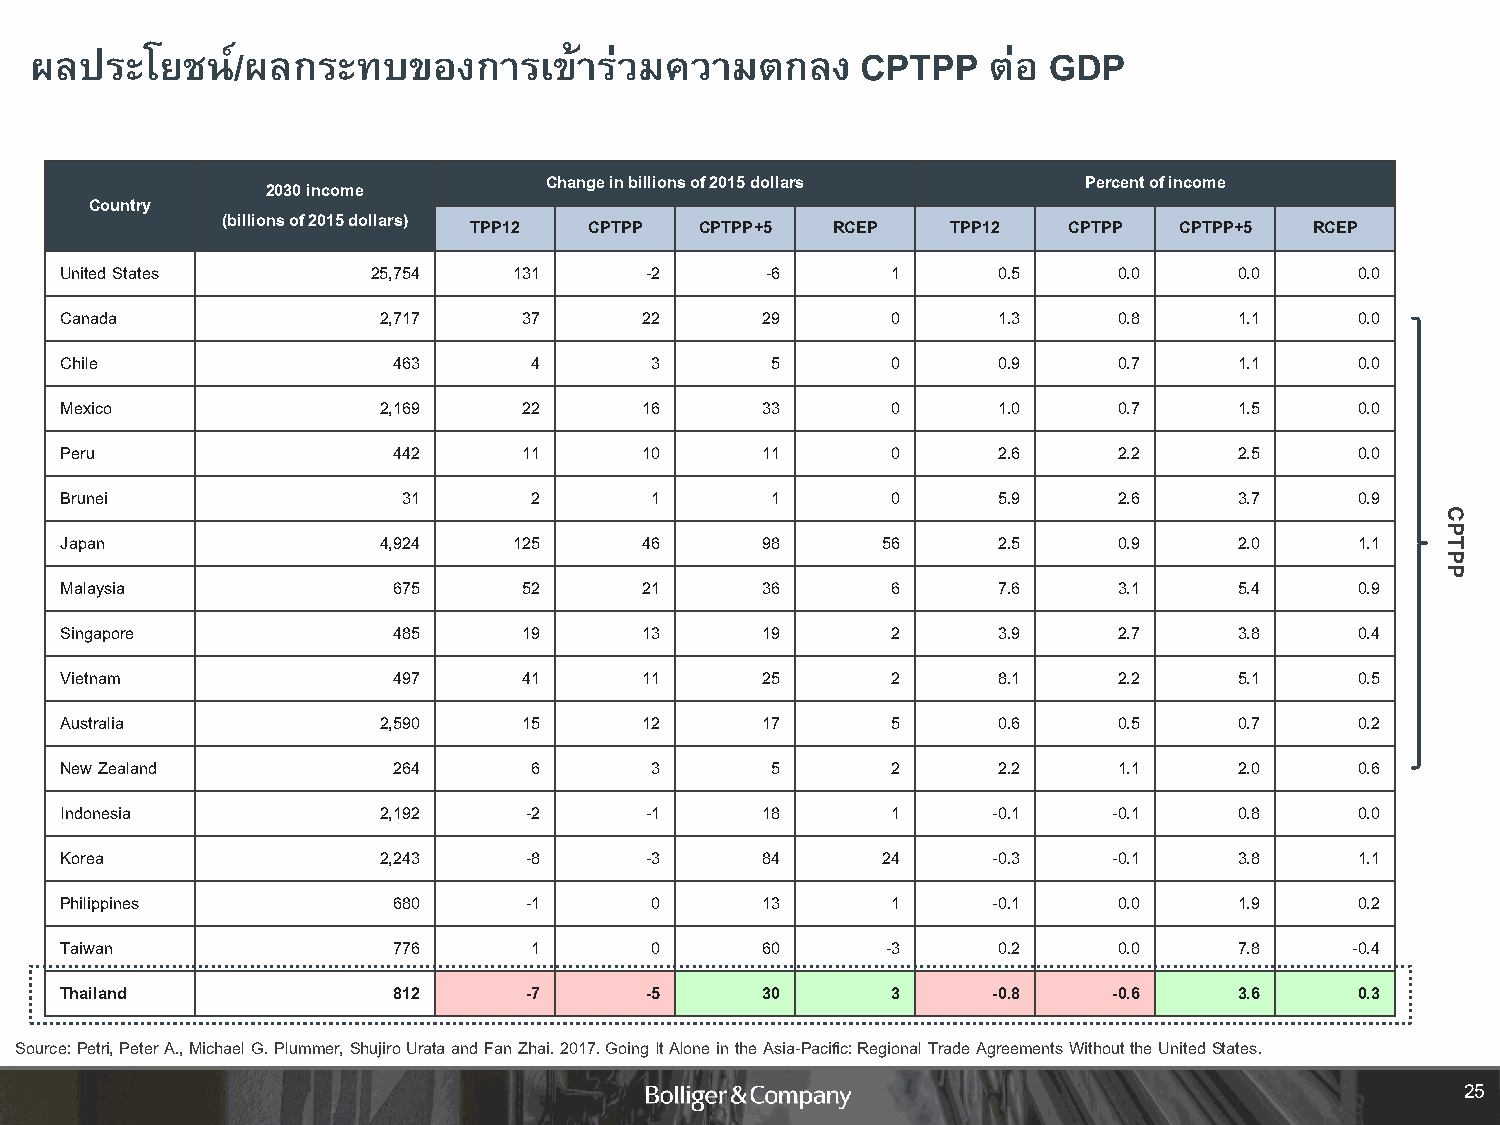
ผลประโยชน์/ผลกระทบของการเขา้         ร่วมความตกลง      CPTPP   ต่อ GDP
 Change in billions of 2015 dollars  Percentof income
 2030 income
 Country
 (billions of 2015 dollars)
 TPP12   CPTPP  CPTPP+5  RCEP    TPP12   CPTPP  CPTPP+5  RCEP
 United States        25,754   131      -2      -6      1      0.5     0.0     0.0     0.0
 Canada               2,717     37      22     29       0      1.3     0.8     1.1     0.0
 Chile                 463      4       3       5       0      0.9     0.7     1.1     0.0
 Mexico               2,169     22      16     33       0      1.0     0.7     1.5     0.0
 Peru                  442      11      10     11       0      2.6     2.2     2.5     0.0
 Brunei                 31      2       1       1       0      5.9     2.6     3.7     0.9
 C
 P
 Japan                4,924    125      46     98      56      2.5     0.9     2.0     1.1  T
 P
 P
 Malaysia              675      52      21     36       6      7.6     3.1     5.4     0.9
 Singapore             485      19      13     19       2      3.9     2.7     3.8     0.4
 Vietnam               497      41      11     25       2      8.1     2.2     5.1     0.5
 Australia            2,590     15      12     17       5      0.6     0.5     0.7     0.2
 New Zealand           264      6       3       5       2      2.2     1.1     2.0     0.6
 Indonesia            2,192     -2      -1     18       1      -0.1    -0.1    0.8     0.0
 Korea                2,243     -8      -3     84      24      -0.3    -0.1    3.8     1.1
 Philippines           680      -1      0      13       1      -0.1    0.0     1.9     0.2
 Taiwan                776      1       0      60       -3     0.2     0.0     7.8     -0.4
 Thailand              812      -7      -5     30       3      -0.8    -0.6    3.6     0.3
 Source: Petri, Peter A., Michael G. Plummer, ShujiroUrata and Fan Zhai. 2017. Going It Alone in the Asia-Pacific: Regional Trade Agreements Without the United States.
 25